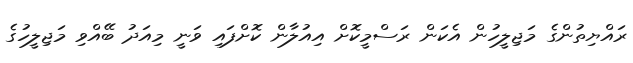
ރައްޔިތުންގެ މަޖިލީހުން އެކަން ރަސްމީކޮށް އިއުލާން ކޮށްފައި ވަނީ މިއަދު ބޭއްވި މަޖިލީހުގެ